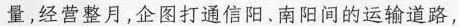
量，经营整月，企图打通信阳、南阳间的运输道路，